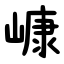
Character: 嵻